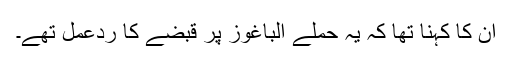
ان کا کہنا تھا کہ یہ حملے الباغوز پر قبضے کا ردعمل تھے۔